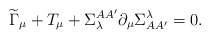
\begin{align*}\widetilde{\Gamma }_{\mu }+T_{\mu }+\Sigma _{\lambda }^{AA^{\prime}}\partial _{\mu }\Sigma _{AA^{\prime }}^{\lambda }=0. \end{align*}